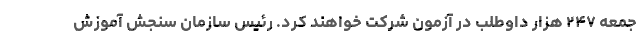
جمعه ۲۴۷ هزار داوطلب در آزمون شرکت خواهند کرد. رئیس سازمان سنجش آموزش